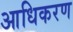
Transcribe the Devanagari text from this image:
आधिकरण